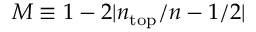
M \equiv 1 - 2 | n _ { \mathrm { t o p } } / n - 1 / 2 |